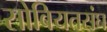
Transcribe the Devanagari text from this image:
सोवियतसंघ